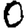
Digit: 0